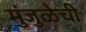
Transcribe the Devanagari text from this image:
मुंजुळेची